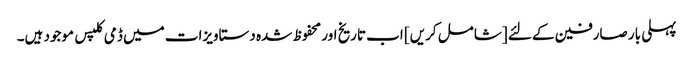
پہلی بار صارفین کے لئے [شامل کریں] اب تاریخ اور محفوظ شدہ دستاویزات میں ڈمی کلپس موجود ہیں۔